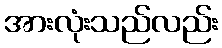
အားလုံးသည်လည်း